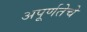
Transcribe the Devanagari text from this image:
अपूर्णतेचे